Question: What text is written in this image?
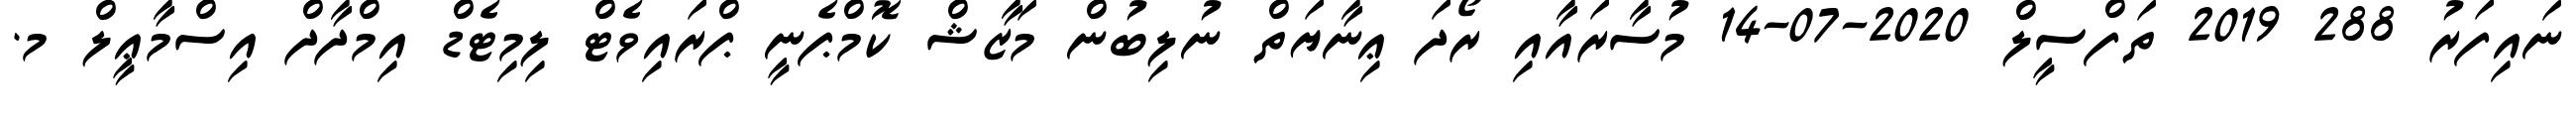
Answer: ނައިފަރު 288 2019 ތަފްސީލް 2020-07-14 މުސާރައާއި ރޯދަ ޢިނާޔަތް ނުލިބުން މަޒާޝް ކޮމްޕެނީ ޕްރައިވެޓް ލިމިޓެޑް އިމްދާދް އިސްމާޢީލް މ.